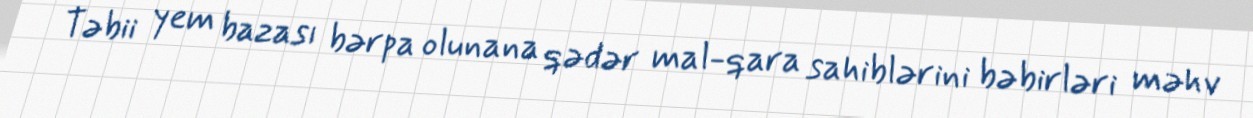
Təbii yem bazası bərpa olunana qədər mal-qara sahiblərini bəbirləri məhv